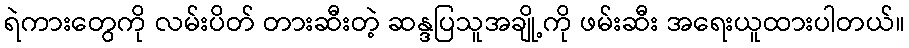
ရဲကားတွေကို လမ်းပိတ် တားဆီးတဲ့ ဆန္ဒပြသူအချို့ကို ဖမ်းဆီး အရေးယူထားပါတယ်။